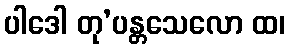
ပါဒေါ တု’ပန္တသေလော ထ၊